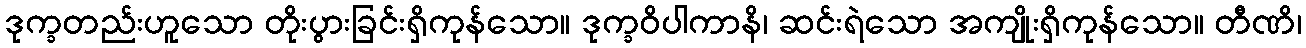
ဒုက္ခတည်းဟူသော တိုးပွားခြင်းရှိကုန်သော။ ဒုက္ခဝိပါကာနိ၊ ဆင်းရဲသော အကျိုးရှိကုန်သော။ တီဏိ၊